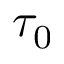
\tau _ { 0 }